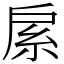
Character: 䋀